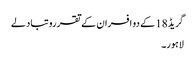
گریڈ18 کے دو افسران کے تقررو تبادلے
لاہور۔